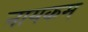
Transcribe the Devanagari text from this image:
नायकम्‌